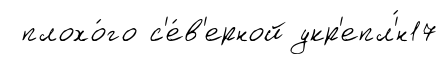
плохо́го с'е́в'ерной укр'епл'́н17